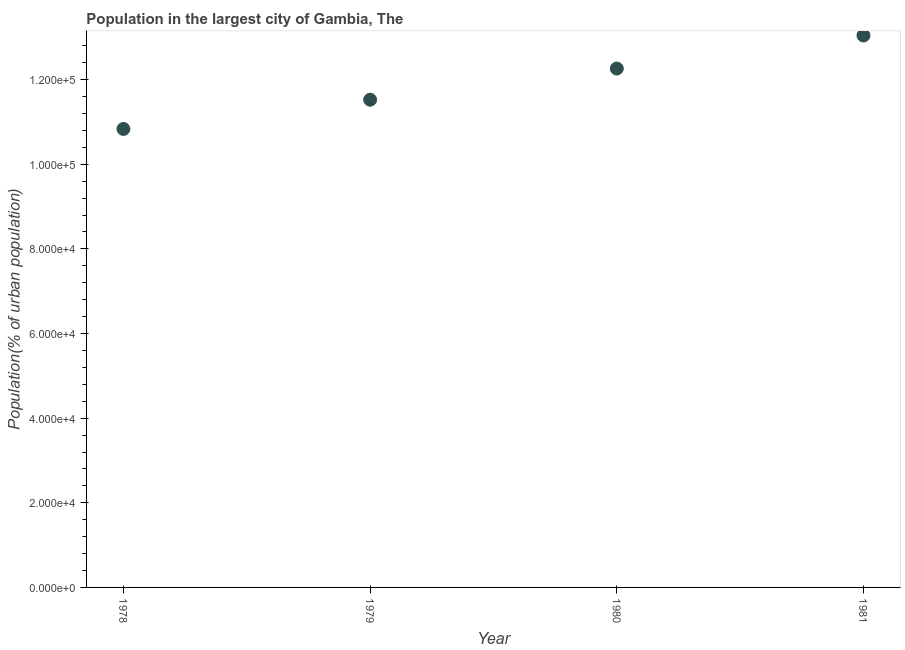
| Year | Population in largest city |
 | --- | --- |
 | 1978 | 1.08e+05 |
 | 1979 | 1.15e+05 |
 | 1980 | 1.23e+05 |
 | 1981 | 1.3e+05 |